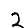
Digit: 2